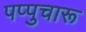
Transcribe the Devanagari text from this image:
पप्पुचारू